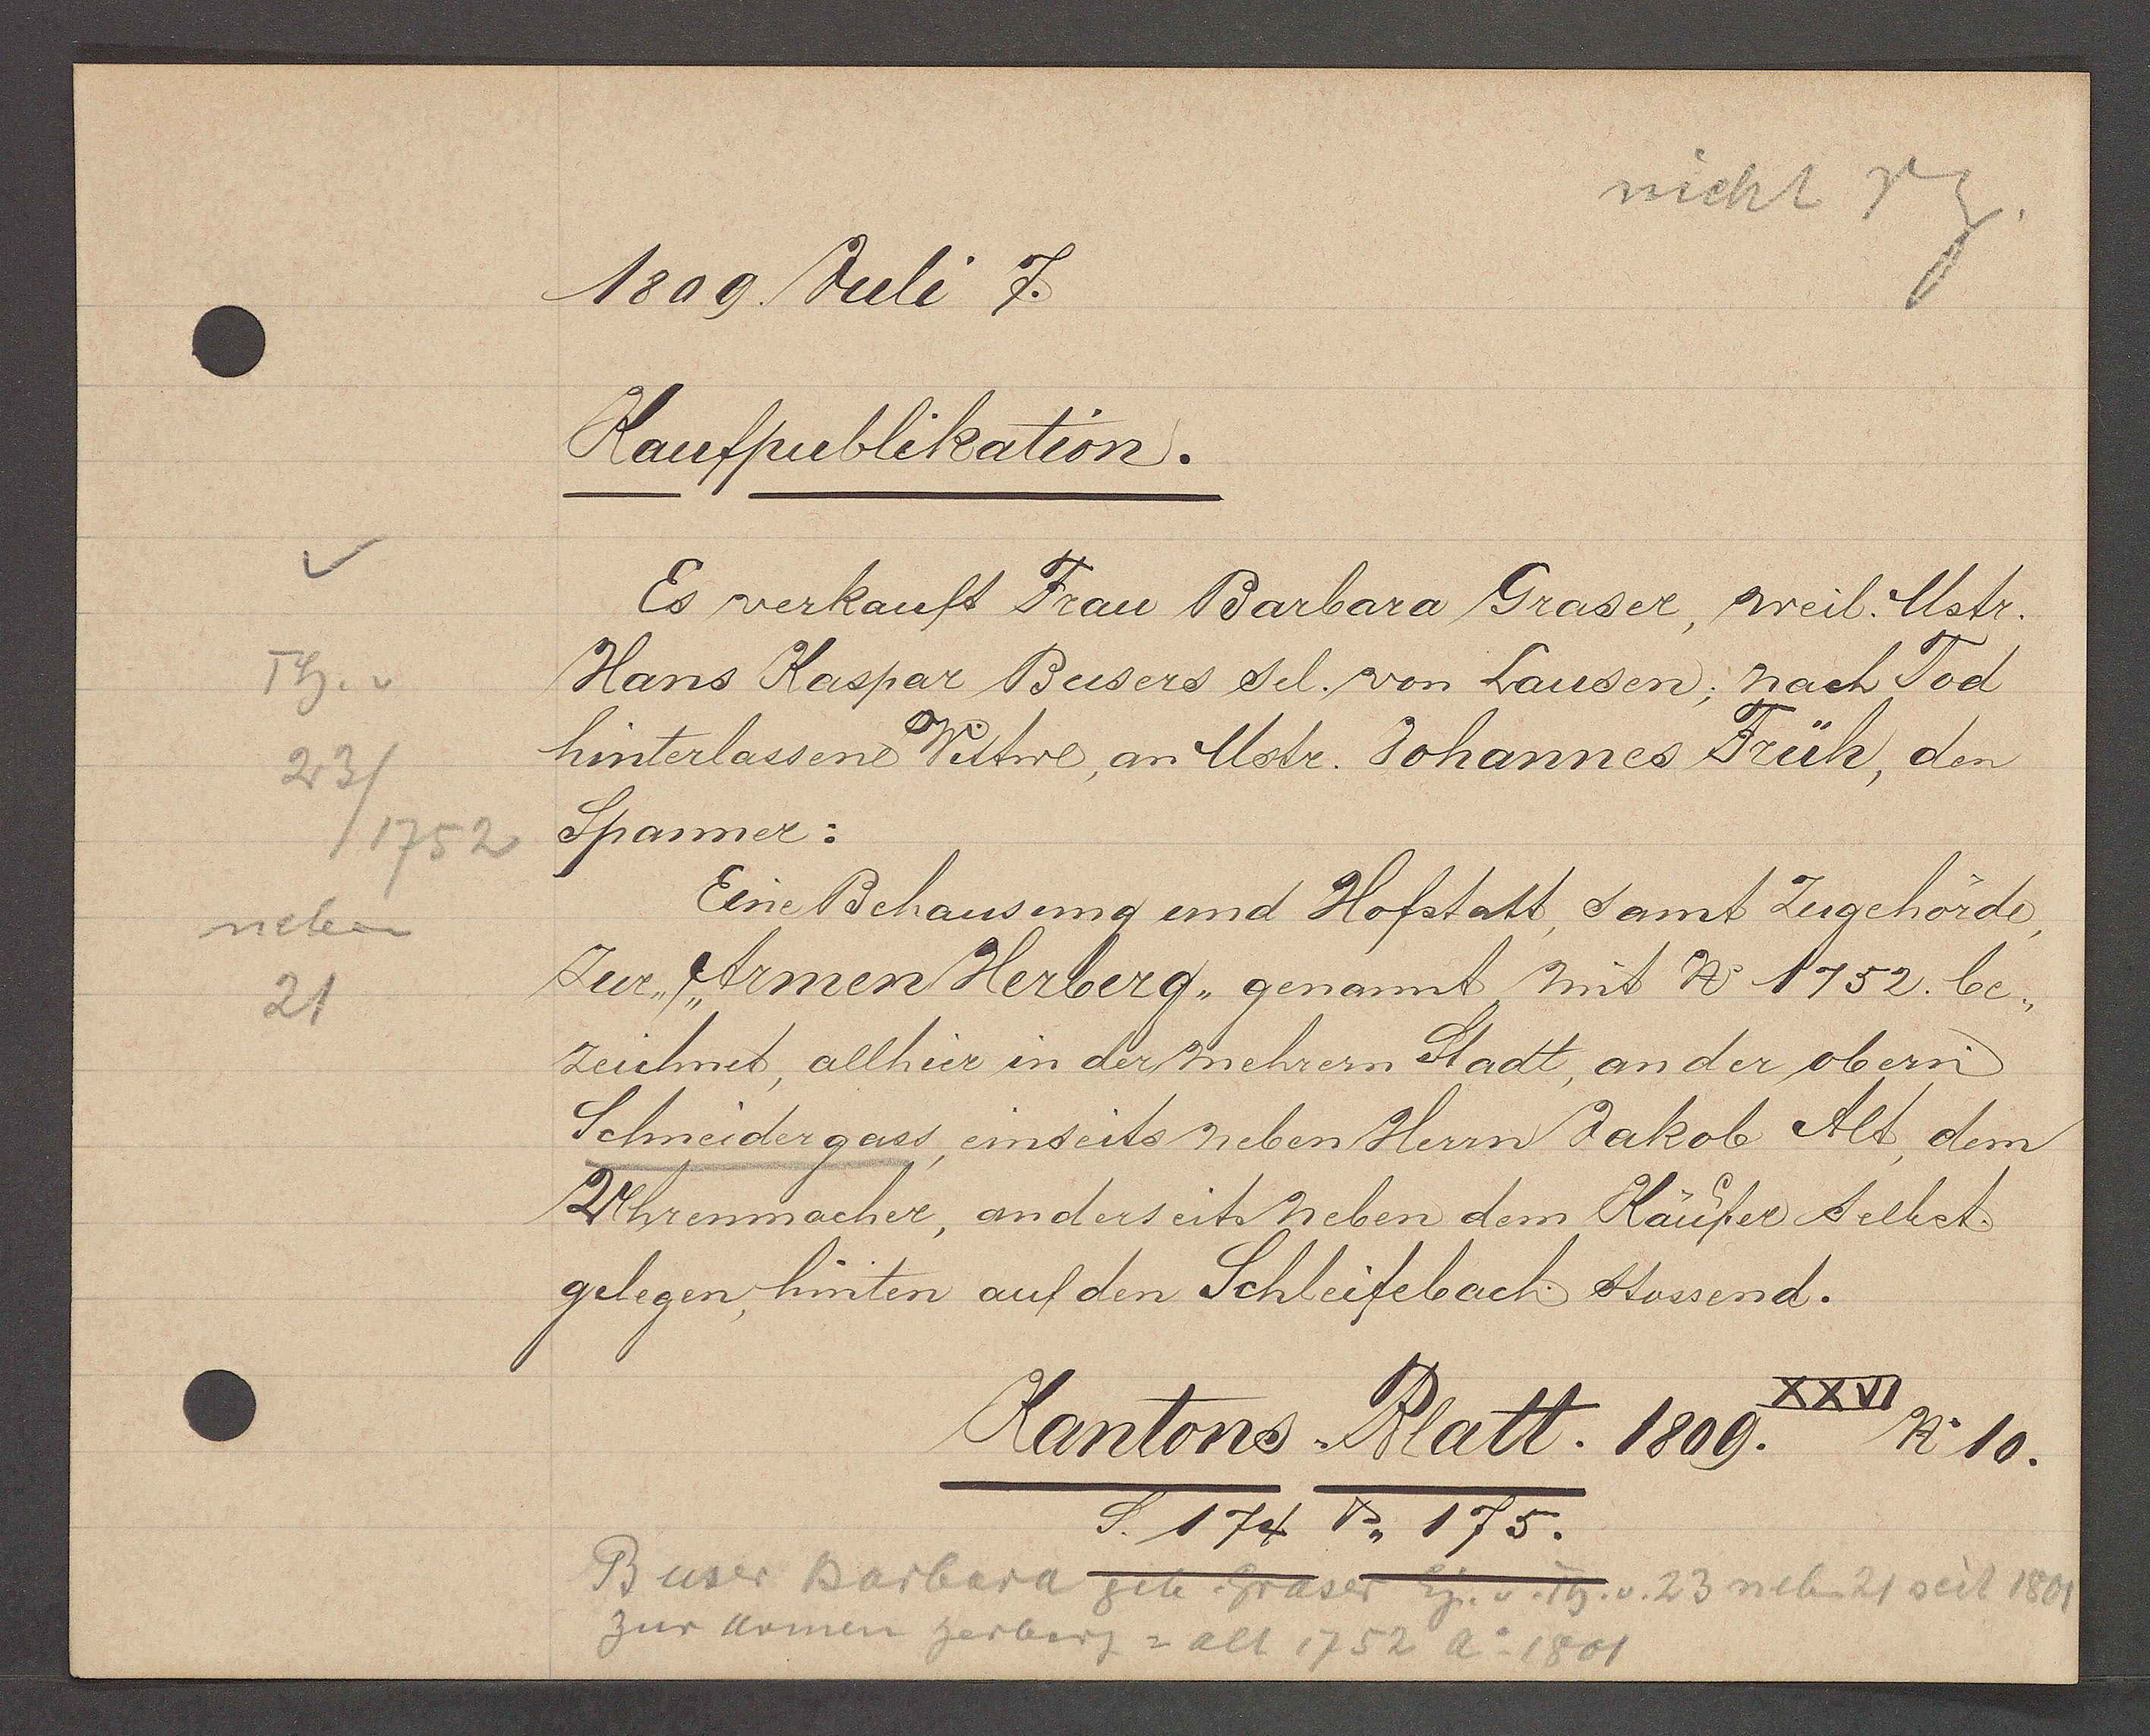
Transcript:
Th. v
23/
/1752
neben
21

1809 Juli 7.

Kaufpublikation.
Es verkauft Frau Barbara Graser, weil. Mstr.
Hans Kaspar Busers sel. von Lausen; nach Tod
hinterlassene Wittwe, an Mstr. Johannes Früh, den
Spanner:
Eine Behausung und Hofstatt, samt Zugehörde,
Zur Armen Herberg, genannt mit No 1752. be¬
zeichnet, allhier in der mehrern Stadt, an der obern
Schneidergass, einseits neben Herrn Jakob Alt, dem
Uhrenmacher, anderseits neben dem Käufer selbst
gelegen, hinten auf den Schleifebach stossend.

XXVI
Kantons Blatt. 1809.
No 10.
S. 174 & 175.

Buser Barbara git Graser Eig
v. Th.  v. 23 neben 21 seit 1801
zur armen herberg = alt 1752 Ao 1801